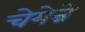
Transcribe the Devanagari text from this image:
चेयेन्ने